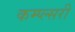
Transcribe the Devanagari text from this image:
कम्प्ल्सरी